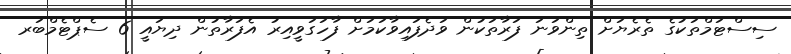
ސިސްޓަމްތަކުގެ ތެރެޔަށް ތިންވަނަ ފަރާތަކުން ވަދެފައިވާކަމަށް ފާހަގަވީއިރު އެފަރާތުން ދިޔައީ 6 ސެޕްޓެމްބަރ